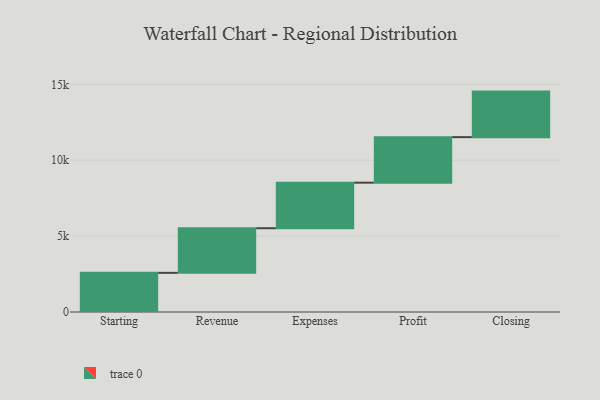
{"axis": {"x": "Step", "y": "Value"}, "legend": [""], "data": [{"x": "Starting", "y": 2579.0, "type": ""}, {"x": "Revenue", "y": 2940.0, "type": ""}, {"x": "Expenses", "y": 3000, "type": ""}, {"x": "Profit", "y": 3000, "type": ""}, {"x": "Closing", "y": 3000, "type": ""}]}